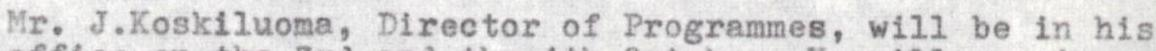
Mr.J.Koskiluoma, Director of Programmes, will be in his